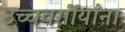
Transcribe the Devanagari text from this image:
उच्चवर्गीयांना